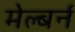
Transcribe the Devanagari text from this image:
मेल्बर्न